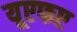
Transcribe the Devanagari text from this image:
यूएफए